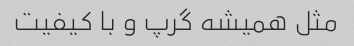
مثل همیشه گرپ و با کیفیت